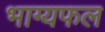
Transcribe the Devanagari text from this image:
भाग्यफल